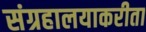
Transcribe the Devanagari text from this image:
संग्रहालयाकरीता